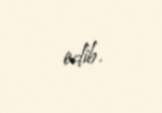
edib.